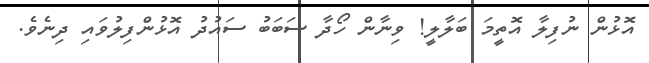
އޮޅުން ނުފިލާ އޮތީމަ ބަލާލީ! ވިނާން ހޯދާ ސަބަބު ސައުދު އޮޅުންފިލުވައި ދިނެވެ.